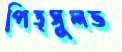
পিতৃসুলভ